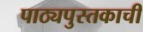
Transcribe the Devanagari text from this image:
पाठ्यपुस्तकाची